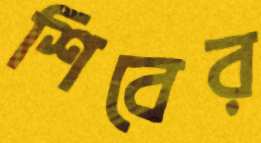
শিবের